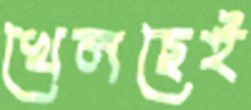
খেলছেই